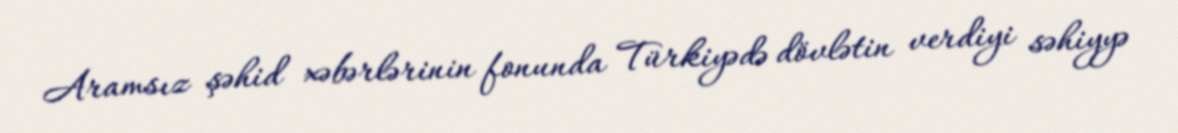
Aramsız şəhid xəbərlərinin fonunda Türkiyədə dövlətin verdiyi səhiyyə